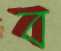
ব